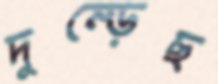
দুম্‌ড়েছ